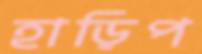
হাড়িপ